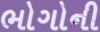
ભોગોની